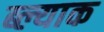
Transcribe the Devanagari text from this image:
ब्ल्याक